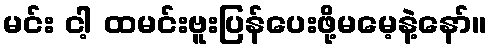
မင်း ငါ့ ထမင်းဗူးပြန်ပေးဖို့မမေ့နဲ့နော်။